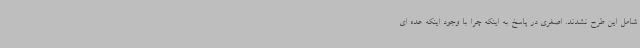
شامل این طرح نشدند. اصغری در پاسخ به اینکه چرا با وجود اینکه عده ای